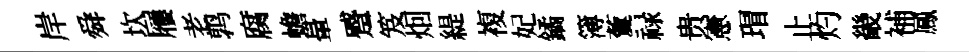
岸舜坎屨老鹑腐蟾暈蹙笈𤇆緹複妃鐍簿藑禄贵憲瑁止灼畿補鳳